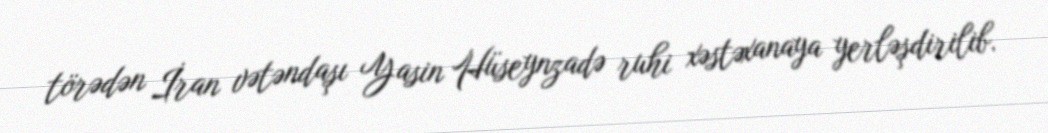
törədən İran vətəndaşı Yasin Hüseynzadə ruhi xəstəxanaya yerləşdirilib.